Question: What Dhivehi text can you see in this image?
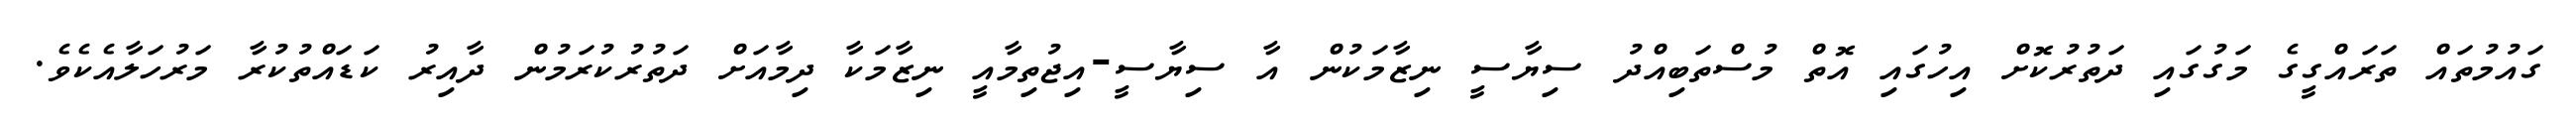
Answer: ގައުމުތައް ތަރައްގީގެ މަގުގައި ދަތުރުކޮށް އިހުގައި އޮތް މުސްތަބިއްދު ސިޔާސީ ނިޒާމަކުން އާ ސިޔާސީ-އިޖުތިމާއީ ނިޒާމަކާ ދިމާއަށް ދަތުރުކުރަމުން ދާއިރު ކަޑައްތުކުރާ މަރުހަލާއެކެވެ.